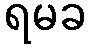
ရမခ